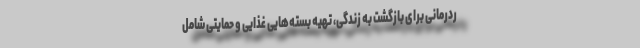
ردرمانی برای بازگشت به زندگی، تهیه بسته‌هایی غذایی و حمایتی شامل